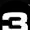
Digit: 3